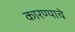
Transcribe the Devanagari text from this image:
कारण्याचे